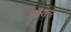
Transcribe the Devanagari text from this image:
ऑरतर